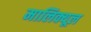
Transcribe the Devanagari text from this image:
मालिक्यूल